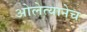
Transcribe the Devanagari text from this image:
ओलेत्यानेच